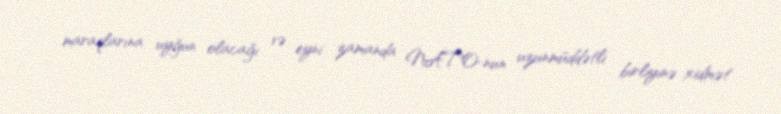
maraqlarına uyğun olacağı və eyni zamanda NATO-nun uzunmüddətli birliyinə xidmət